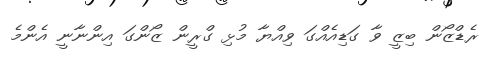
ރެޑްޒޯން ބިޒީ ވާ ގަޑިއެއްގަ ވިއްޔާ މުޅި ގްރީން ޒޯންގަ އިންނާނީ އެންމެ